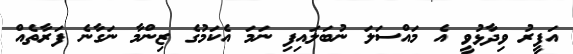
އަފީރު ވިދާޅުވީ އެ މައްސަލަ ނުބަލައިފި ނަމަ އެކަމުގެ ޒިންމާ ނަގާނެ ފަރާތެއް